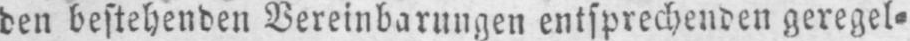
den bestehenden Vereinbarungen entsprechenden geregel⸗